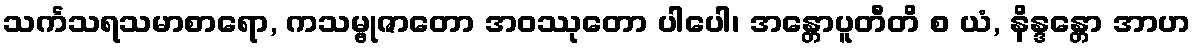
သင်္ကသရသမာစာရော, ကသမ္ဗုဇာတော အဝဿုတော ပါပေါ၊ အန္တောပူတီတိ စ ယံ, နိန္ဒန္တော အာဟ